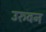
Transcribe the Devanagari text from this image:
उरुवन